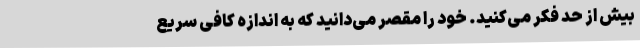
بیش از حد فکر می‌کنید. خود را مقصر می‌دانید که به اندازه کافی سریع